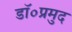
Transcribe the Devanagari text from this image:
डॉ०प्रमुद